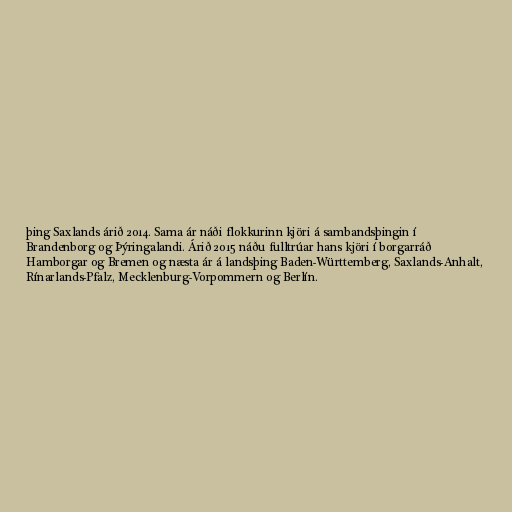
þing Saxlands árið 2014. Sama ár náði flokkurinn kjöri á sambandsþingin í
Brandenborg og Þýringalandi. Árið 2015 náðu fulltrúar hans kjöri í borgarráð
Hamborgar og Bremen og næsta ár á landsþing Baden-Württemberg, Saxlands-Anhalt,
Rínarlands-Pfalz, Mecklenburg-Vorpommern og Berlín.